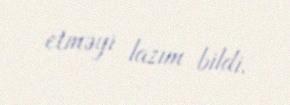
etməyi lazım bildi.